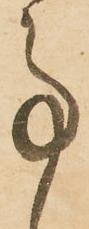
事